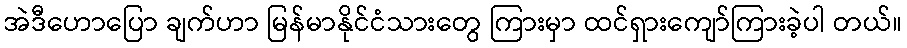
အဲဒီဟောပြော ချက်ဟာ မြန်မာနိုင်ငံသားတွေ ကြားမှာ ထင်ရှားကျော်ကြားခဲ့ပါ တယ်။